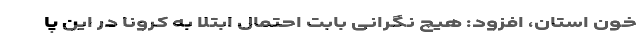
خون استان، افزود: هیچ نگرانی بابت احتمال ابتلا به کرونا در این پا